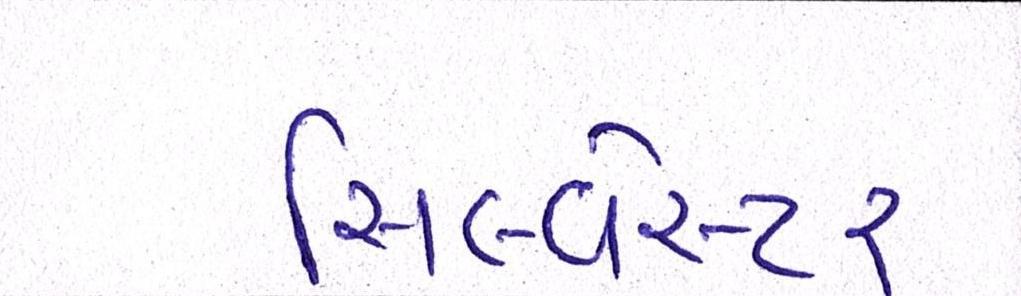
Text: સિલ્વેસ્ટર